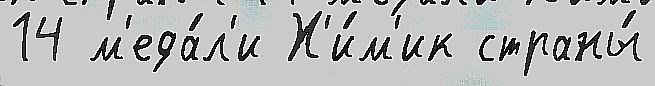
14 м'еда́л'и Х'и́м'ик страны́